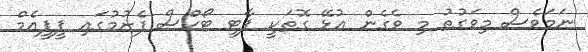
ނަމަވެސް މިވަގުތު މި ވެގެން އުޅޭ ގޮތަކީ ޕާޓީ ޓޯކްސް ފެށުމުގައި ޕީޕީއެމް